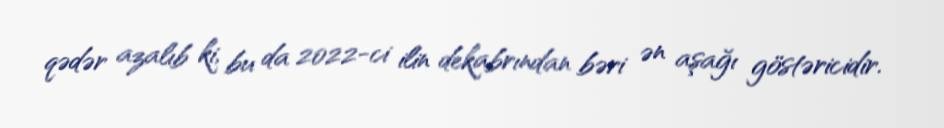
qədər azalıb ki, bu da 2022-ci ilin dekabrından bəri ən aşağı göstəricidir.